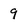
Character: 9